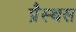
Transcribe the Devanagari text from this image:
प्रैस्थस